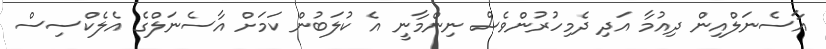
އާސެނަލްއިން ދިއުމާ އަދި ދެމިހުރުންވެސް ނިންމާނީ އެ ކުލަބުން ކަމަށް އާސެނަލްގެ އެލެކްސިސް